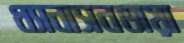
ধ্যানাসনডায়া